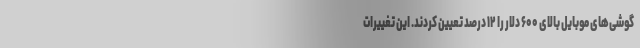
گوشی‌های موبایل بالای ۶۰۰ دلار را ۱۲ درصد تعیین کردند. این تغییرات